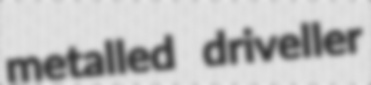
metalled driveller